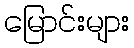
မြောင်းများ